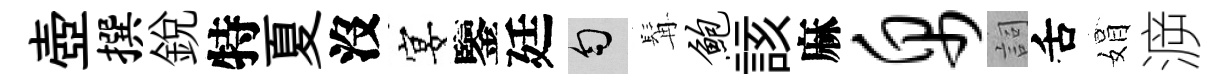
壺撰銳特夏沒宴鑒廷匀髯鲍該麻帛詞舌娟㴑